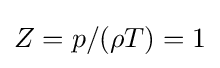
Z=p/(\rho T)=1